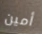
أمين